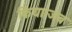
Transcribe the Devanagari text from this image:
किया।जब